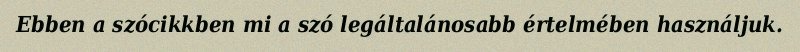
Ebben a szócikkben mi a szó legáltalánosabb értelmében használjuk.